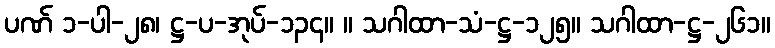
ပဏ် ၁-ပါ-၂၈၊ ဋ္ဌ-ပ-အုပ်-၁၃၄။ ။ သဂါထာ-သံ-ဋ္ဌ-၁၂၅။ သဂါထာ-ဋ္ဌ-၂၆၁။